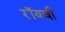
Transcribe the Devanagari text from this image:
रॉयची